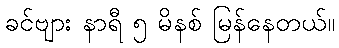
ခင်ဗျား နာရီ ၅ မိနစ် မြန်နေတယ်။